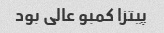
پیتزا کمبو عالی بود